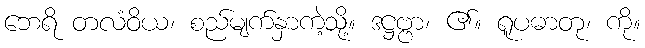
ဘေရိ တလံဝိယ၊ စည်မျက်နှာကဲ့သို့။ ဒဋ္ဌဗ္ဗာ၊ ၏။ ရူပဓာတု၊ ကို။